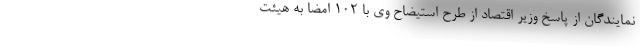
نمایندگان از پاسخ وزیر اقتصاد از طرح استیضاح وی با ۱۰۲ امضا به هیئت